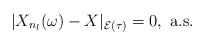
\begin{align*}| X_{n_l}(\omega) - X |_{\mathcal{E}(\tau)} = 0,\textrm{ a.s. }\end{align*}